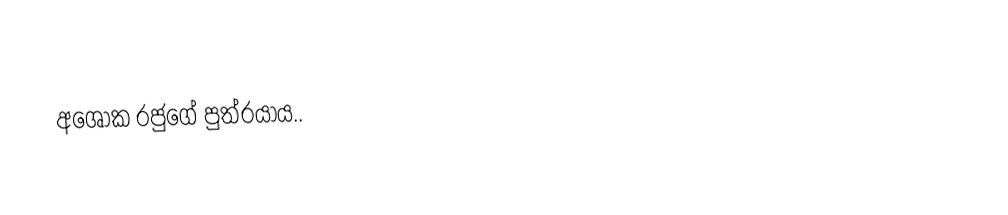
අශෝක රජුගේ පුත්රයාය..